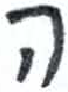
אות: ה